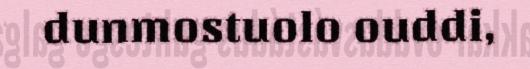
dunmostuolo ouddi,